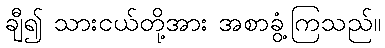
ချီ၍ သားငယ်တို့အား အစာခွံ့ကြသည်။